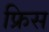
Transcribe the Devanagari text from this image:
फ्रिस